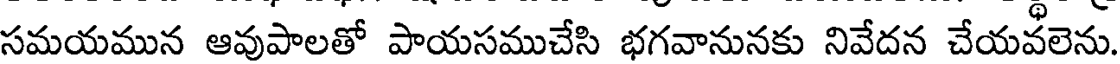
సమయమున ఆవుపాలతో పాయసముచేసి భగవానునకు నివేదన చేయవలెను.